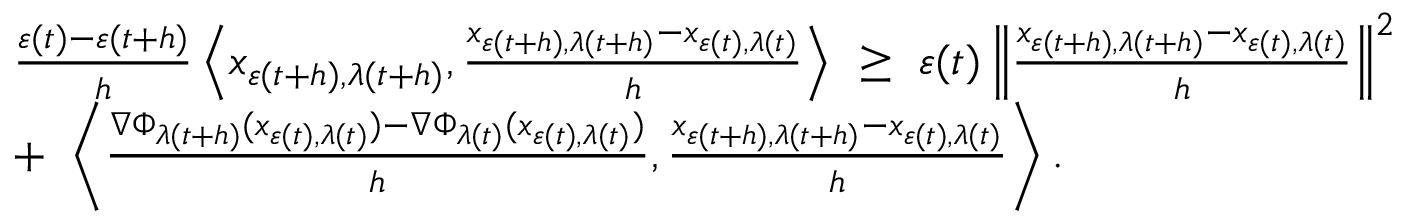
\begin{array} { r l } & { \frac { \varepsilon ( t ) - \varepsilon ( t + h ) } { h } \left\langle x _ { \varepsilon ( t + h ) , \lambda ( t + h ) } , \frac { x _ { \varepsilon ( t + h ) , \lambda ( t + h ) } - x _ { \varepsilon ( t ) , \lambda ( t ) } } { h } \right\rangle \ \geq \ \varepsilon ( t ) \left\| \frac { x _ { \varepsilon ( t + h ) , \lambda ( t + h ) } - x _ { \varepsilon ( t ) , \lambda ( t ) } } { h } \right\| ^ { 2 } } \\ & { + \ \left\langle \frac { \nabla \Phi _ { \lambda ( t + h ) } ( x _ { \varepsilon ( t ) , \lambda ( t ) } ) - \nabla \Phi _ { \lambda ( t ) } ( x _ { \varepsilon ( t ) , \lambda ( t ) } ) } { h } , \frac { x _ { \varepsilon ( t + h ) , \lambda ( t + h ) } - x _ { \varepsilon ( t ) , \lambda ( t ) } } { h } \right\rangle . } \end{array}